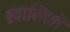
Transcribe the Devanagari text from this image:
स्वामित्वों